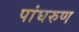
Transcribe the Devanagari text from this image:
पांघरुण